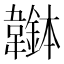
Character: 𩏭